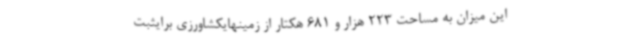
این میزان به مساحت 223 هزار و 681 هکتار از زمینهایکشاورزی برایثبت